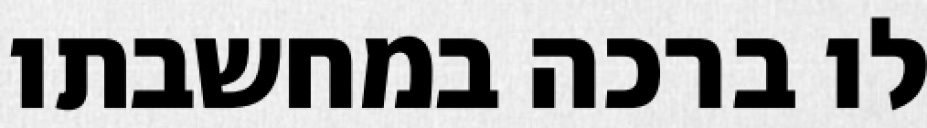
לו ברכה במחשבתו